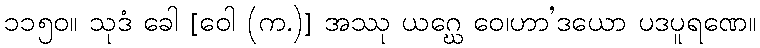
၁၁၅၀။ သုဒံ ခေါ [ဝေါ (က.)] အဿု ယဂ္ဃေ ဝေ၊ဟာ’ဒယော ပဒပူရဏေ။